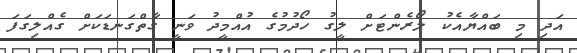
އަދި މި ބައްޔާއެކު ލޯރެންޓަށް ލީގު ހޯދުމުގެ އުއްމީދު ވަނީ ގާތްގަނޑަކަށް ގެއްލިގަފަ